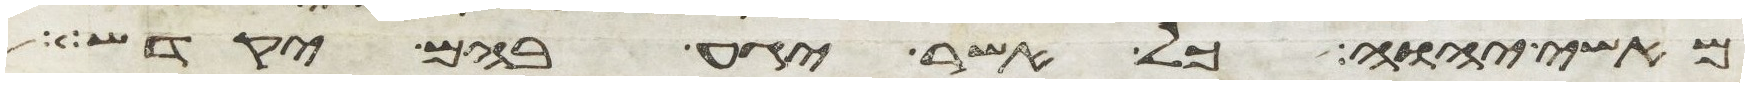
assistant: מאשי יהוה כל אשר יגע בהם יקדש